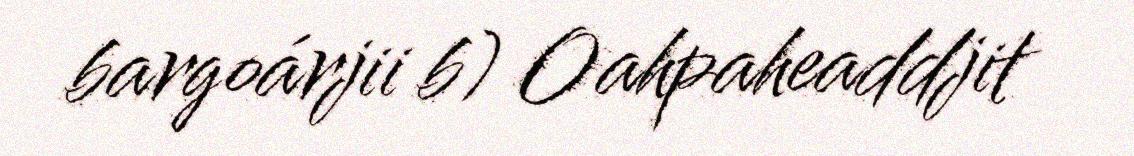
bargoárjii b) Oahpaheaddjit